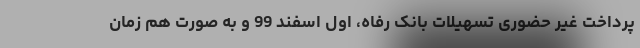
پرداخت غیر حضوری تسهیلات بانک رفاه، اول اسفند 99 و به صورت هم زمان